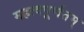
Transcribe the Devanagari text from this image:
महत्वपूर्णतम्